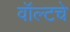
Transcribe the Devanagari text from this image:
वॉल्टचे